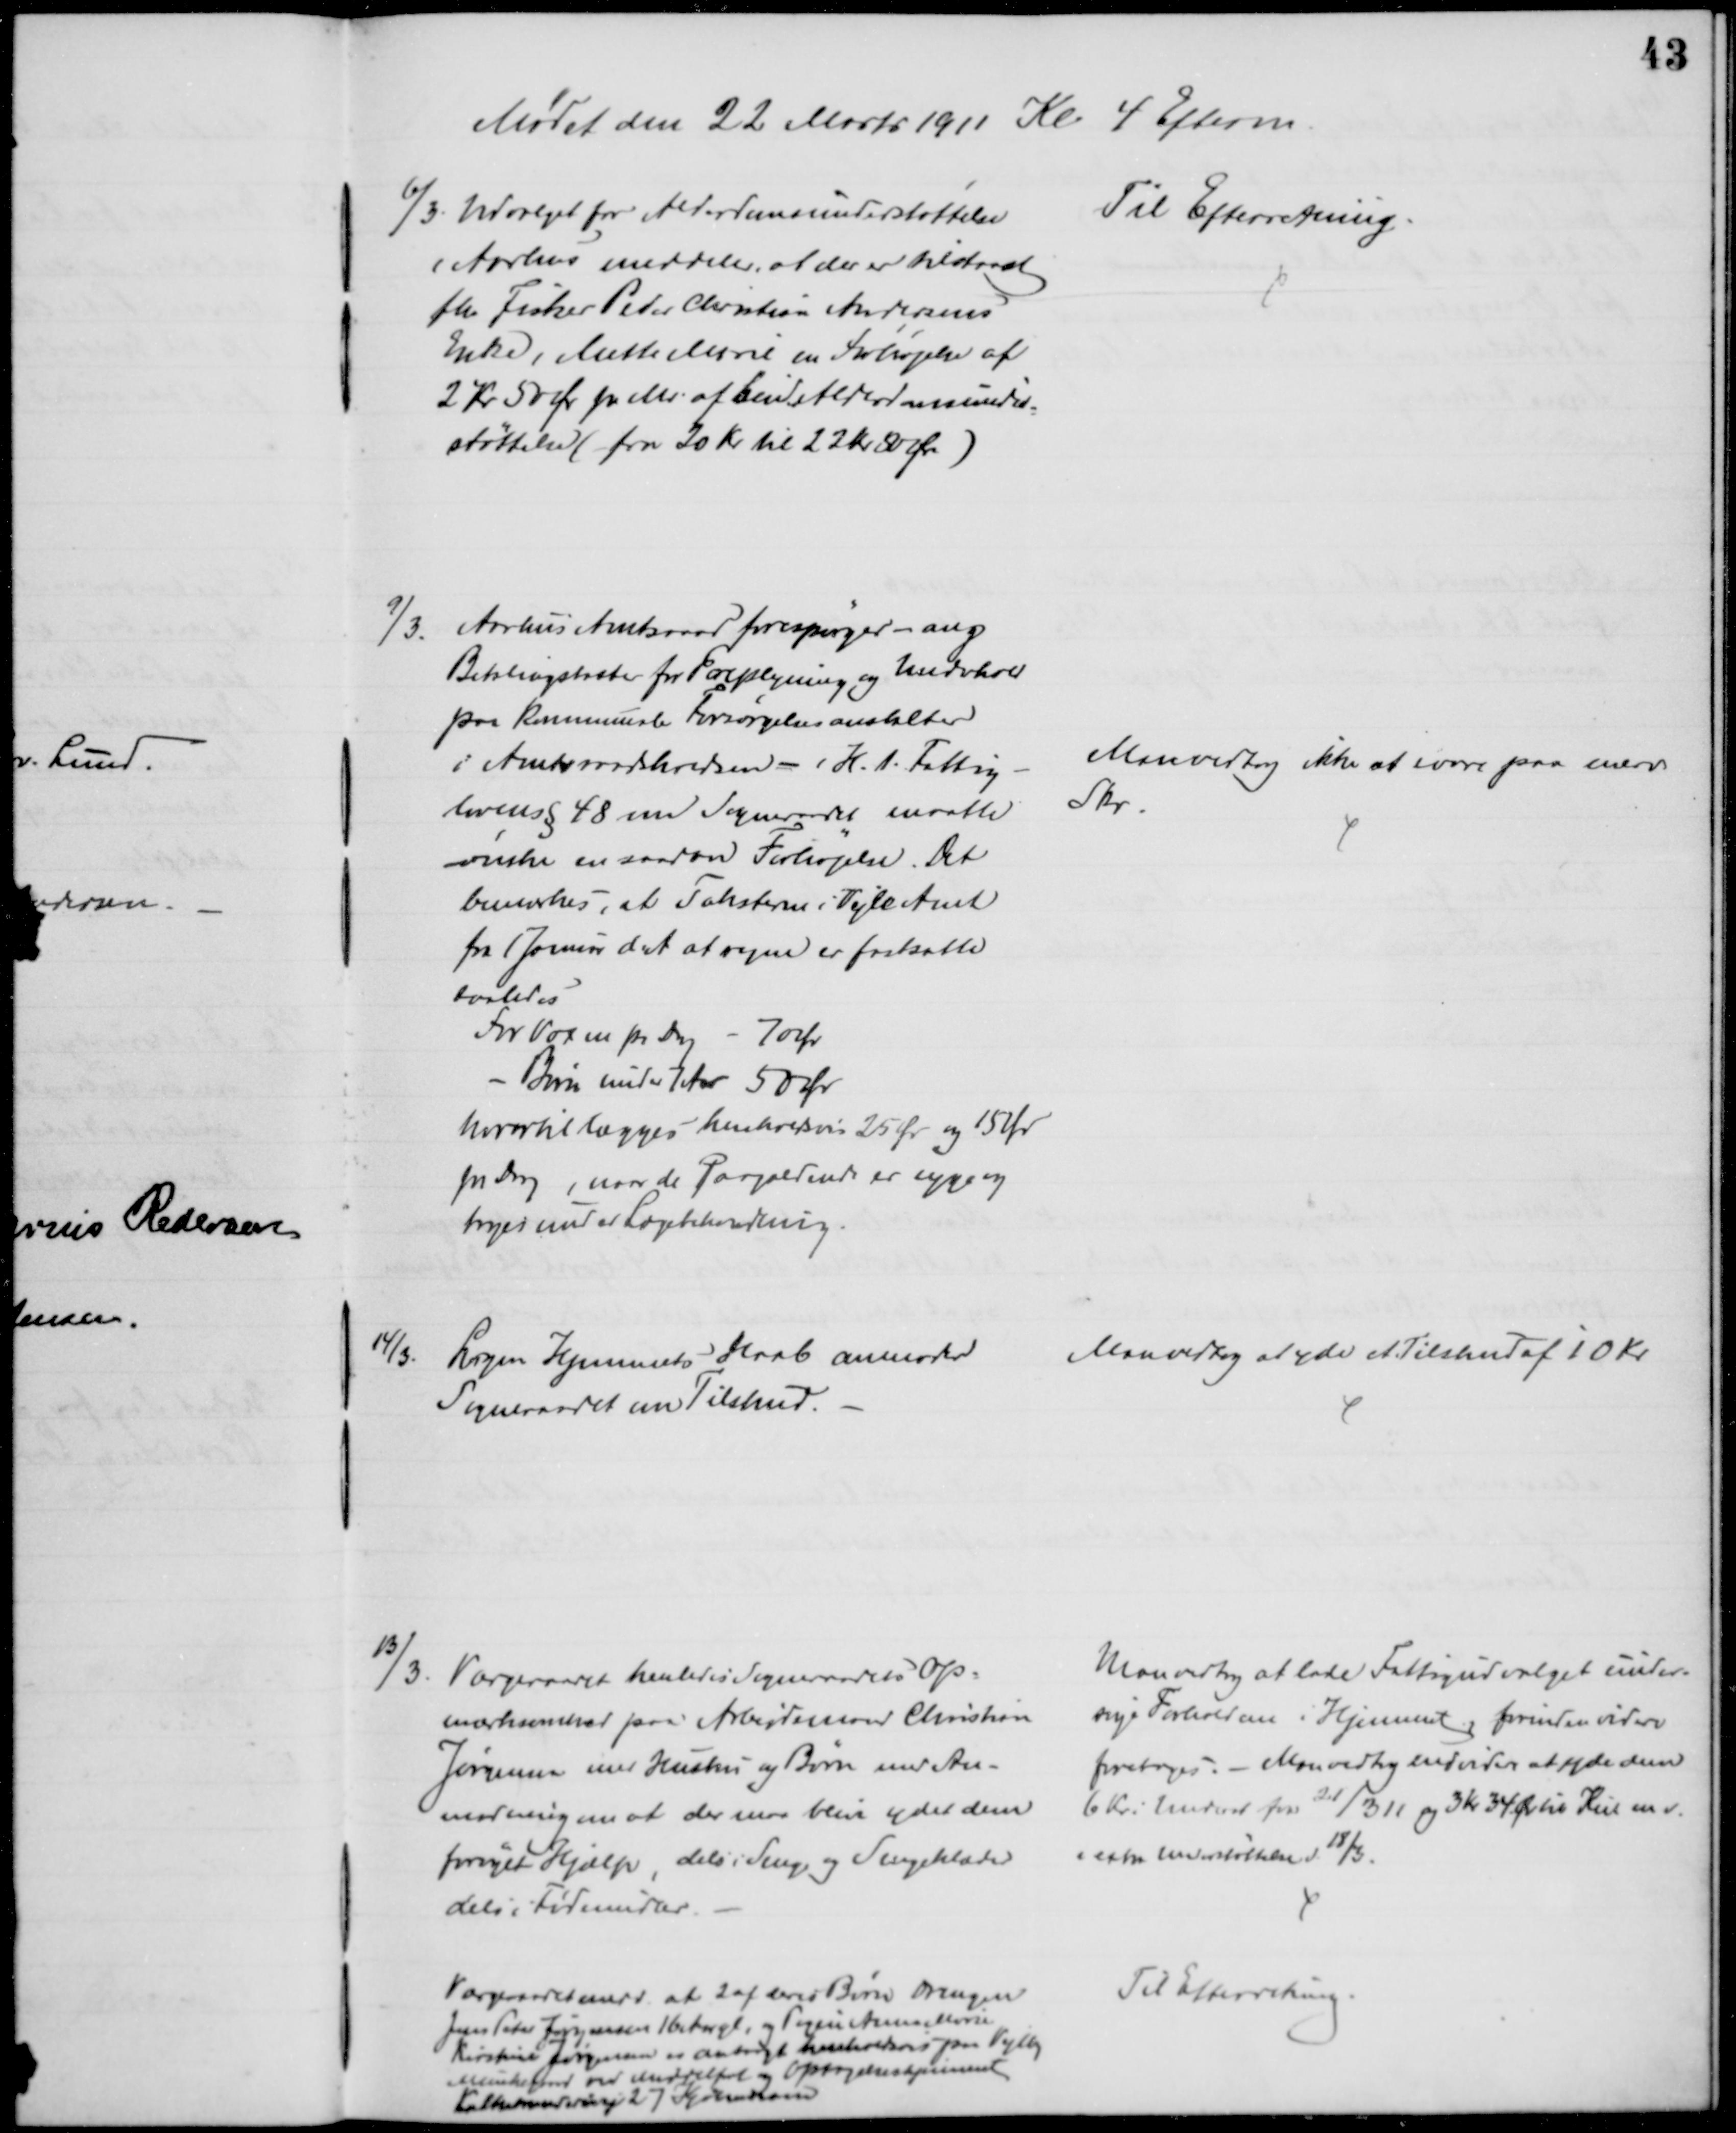
Transskription:
Mødet den 22 Marts 1911 Kl 4 Efterm
6/3. Udvalget for Alderdomsunderstøttelse
i Aarhus meddeler, at der er tilstaaet
fhv Fisker Peder Christian Andersens
Enke, Mette Marie en Forhøjelse af
2 Kr 50 Ør pr Md. af sin Alderdomsunder
=
støttelse (fra 20 Kr til 22 Kr 50 Øre)
Til Efterretning.
9/3. Aarhus Amtsraad forespørger - ang.
Betalingstaxter for Forplejning og Underhold
paa kommunale Forsørgelsesanstalter
i Amtsraadskredsen - i H. t. Fattig-
Lovens § 48 om Sogneraadet maatte
ønske en saadan Forhøjelse. Det
bemærkes, at Taksterne i Vejle Amt
fra 1 Januar d.A. at regne er fastsatte
saaledes
For Voxne pr Dag - 70 Ør
Børn under 7 Aar 50 Ør
hvortil lægges henholdsvis 25 Øre og 15 Øre
pr Dag, naar de Paagældende er syge og
tages under Lægebehandling.
Man vedtog ikke at svare paa nærv
Skr.
14/3.
Logen Hjemmets Haab anmoder
Sogneraadet om Tilskud.
Man vedtog at yde et Tilskud af 10 Kr.
13/3. Værgeraadet henleder Sogneraadets Op-
mærksomhed paa Arbejdsmand Christian
Jørgensen med Hustru og Børn med An-
modning om at der maa blive ydet dem
fornyet Hjælp, dels i Senge og Sengeklæder
dels i Fødemidler.
Man vedtog at lade Fattigudvalget under-
søge Forholdene i Hjemmet, forinden videre
foretages. - Man vedtog endvider at yde dem
6 Kr i Underst fra 21/3 11 og 3 Kr 34 Ør til Kul m. v.
i extra Understøttelse d. 18/3.
Værgeraadet medd. at 2 af deres Børn Drengen
Jens Peter Jørgensen 16 Aar gl og Pigen Anna Marie
Kirstine Jørgensen er anbragt henholdsvis paa Vejlby
Munkegaard ved Middelfart og Optagelseshjemmet,
 27 Kjøbenhavn
Til Efterretning.